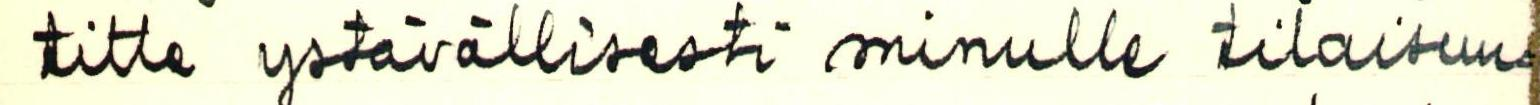
titte ystävällisesti minulle tilaisuu-